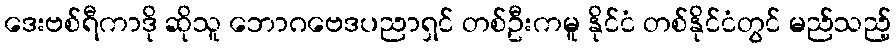
ဒေးဗစ်ရီကာဒို ဆိုသူ ဘောဂဗေဒပညာရှင် တစ်ဦးကမူ နိုင်ငံ တစ်နိုင်ငံတွင် မည်သည့်